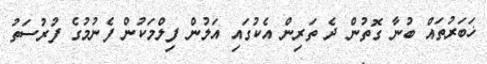
ޚަބަރުތައް ބުނާ ގޮތުން ދެ ތަރިން އެކުގައި އަލުން ފިލްމަކުން ފެނުމުގެ ފުރުސަތު